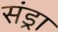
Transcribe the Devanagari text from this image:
संड्रा